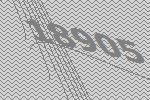
18905